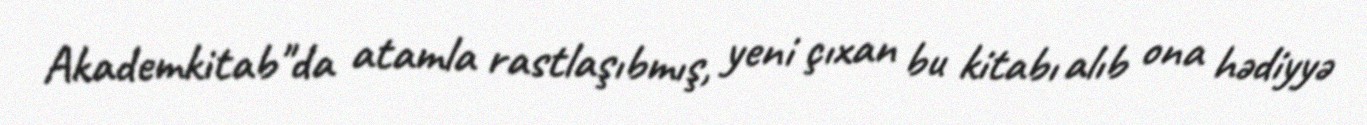
Akademkitab"da atamla rastlaşıbmış, yeni çıxan bu kitabı alıb ona hədiyyə